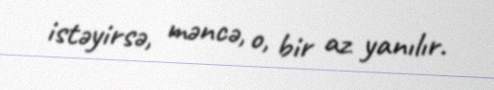
istəyirsə, məncə, o, bir az yanılır.